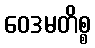
ဝေဒမတိစ္စ